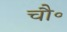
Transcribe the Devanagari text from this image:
चौ॰